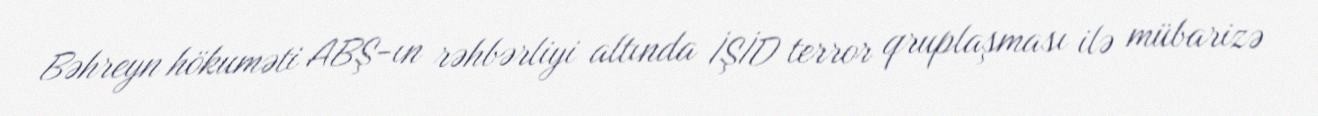
Bəhreyn hökuməti ABŞ-ın rəhbərliyi altında İŞİD terror qruplaşması ilə mübarizə